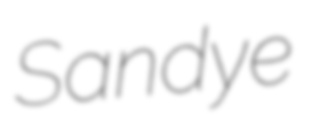
Sandye